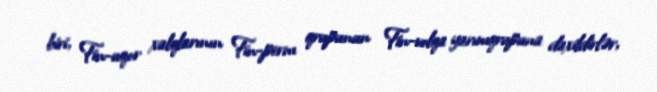
biri, Fin-uqor xalqlarının Fin-perm qrupunun Fin-volqa yarımqrupuna daxildirlər,